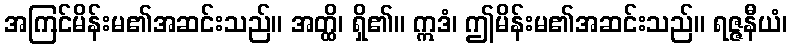
အကြင်မိန်းမ၏အဆင်းသည်။ အတ္ထိ၊ ရှိ၏။ ဣဒံ၊ ဤမိန်းမ၏အဆင်းသည်။ ရဇ္ဇနီယံ၊